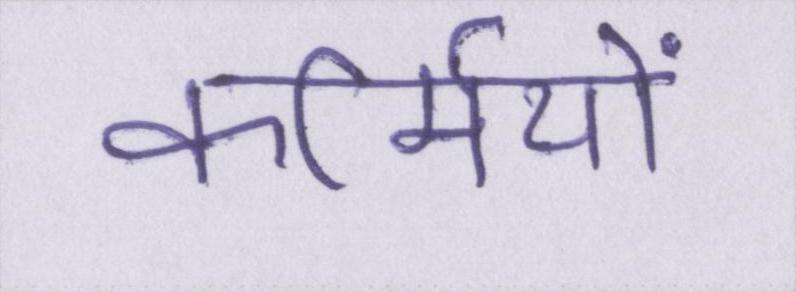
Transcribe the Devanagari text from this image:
कर्मियों